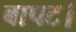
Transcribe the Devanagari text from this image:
बापट।